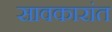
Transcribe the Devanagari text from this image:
सावकारांत